Document type: Emphyteutic lease
Year: 1283
Scribe: Pere Marquès
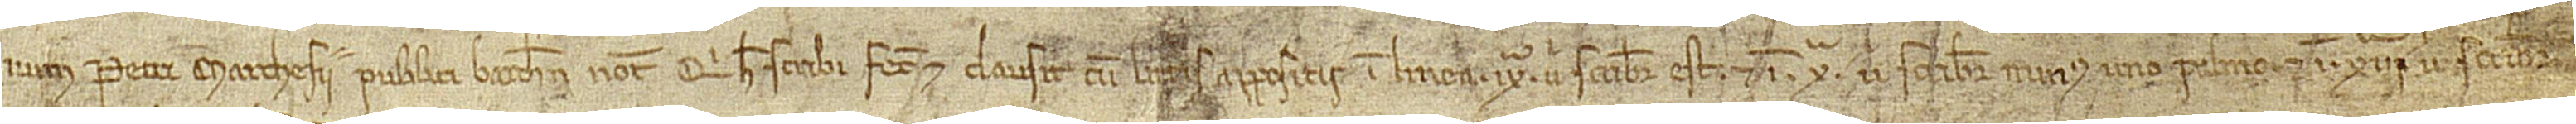
Petri Marchesii, publici Barchinone notariii, qui hec scribi fecit et clausit cum litteris appositis in linea IXª, ubi scribitur “est”, et in Xª, ubi scribitur “minus uno palmo”, et in XIIIª, ubi scribitur